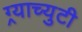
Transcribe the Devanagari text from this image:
ग्र्याच्युटी